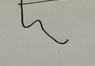
Signature authenticity: forged